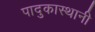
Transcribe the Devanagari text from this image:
पादुकास्थानी